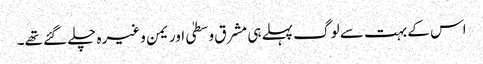
اس کے بہت سے لوگ پہلے ہی مشرق وسطیٰ اور یمن وغیرہ چلے گئے تھے۔